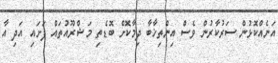
އަނެއްކޮޅުން ސަރުކާރުން ވެސް އިންތިޚާބާ ދިމާކޮށް ބޮޑެތި މަޝްރޫއުތައް ފަށައި އަދި އާ